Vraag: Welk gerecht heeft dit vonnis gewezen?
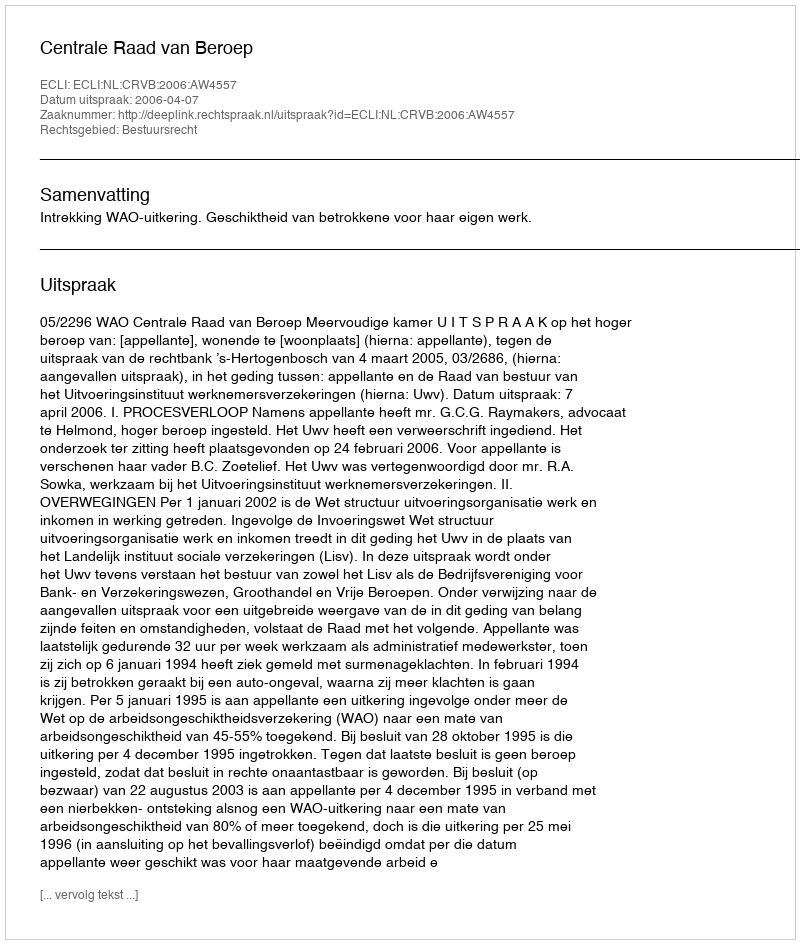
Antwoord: Centrale Raad van Beroep